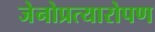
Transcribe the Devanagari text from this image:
जेनोप्रत्यारोपण